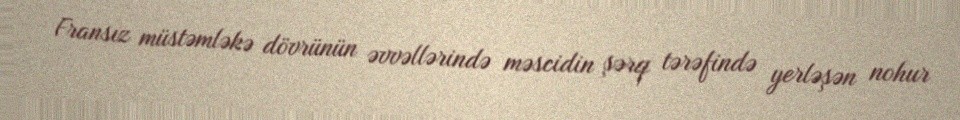
Fransız müstəmləkə dövrünün əvvəllərində məscidin şərq tərəfində yerləşən nohur